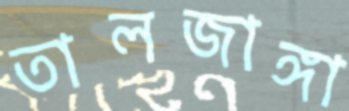
তালজাঙ্গা